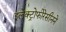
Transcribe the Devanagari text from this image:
इलेक्ट्रोफोरेसीनने